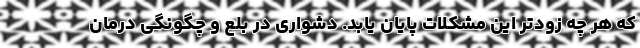
که هر چه زودتر این مشکلات پایان یابد. دشواری در بلع و چگونگی درمان